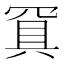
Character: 𰭐